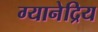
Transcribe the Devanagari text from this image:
ग्यानेद्रिय